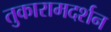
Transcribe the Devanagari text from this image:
तुकारामदर्शन